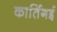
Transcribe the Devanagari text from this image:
कार्तिगई